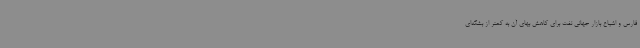
فارس و اشباع بازار جهانی نفت برای کاهش بهای آن به کمتر از بشکه‌ای